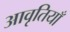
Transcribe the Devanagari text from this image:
अावृतियाँ